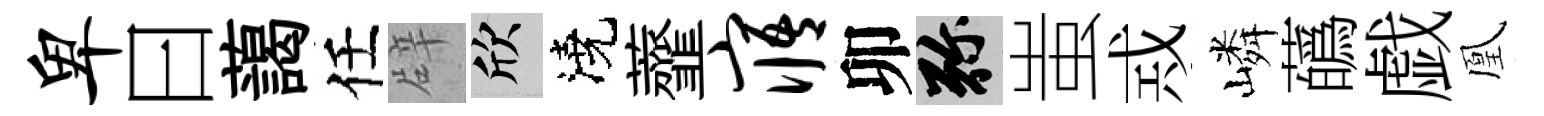
卑曰藹任辟欣澆虀寤卯弥蚩𢦶嶙蘤戯凰